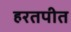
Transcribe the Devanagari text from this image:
हरतपीत